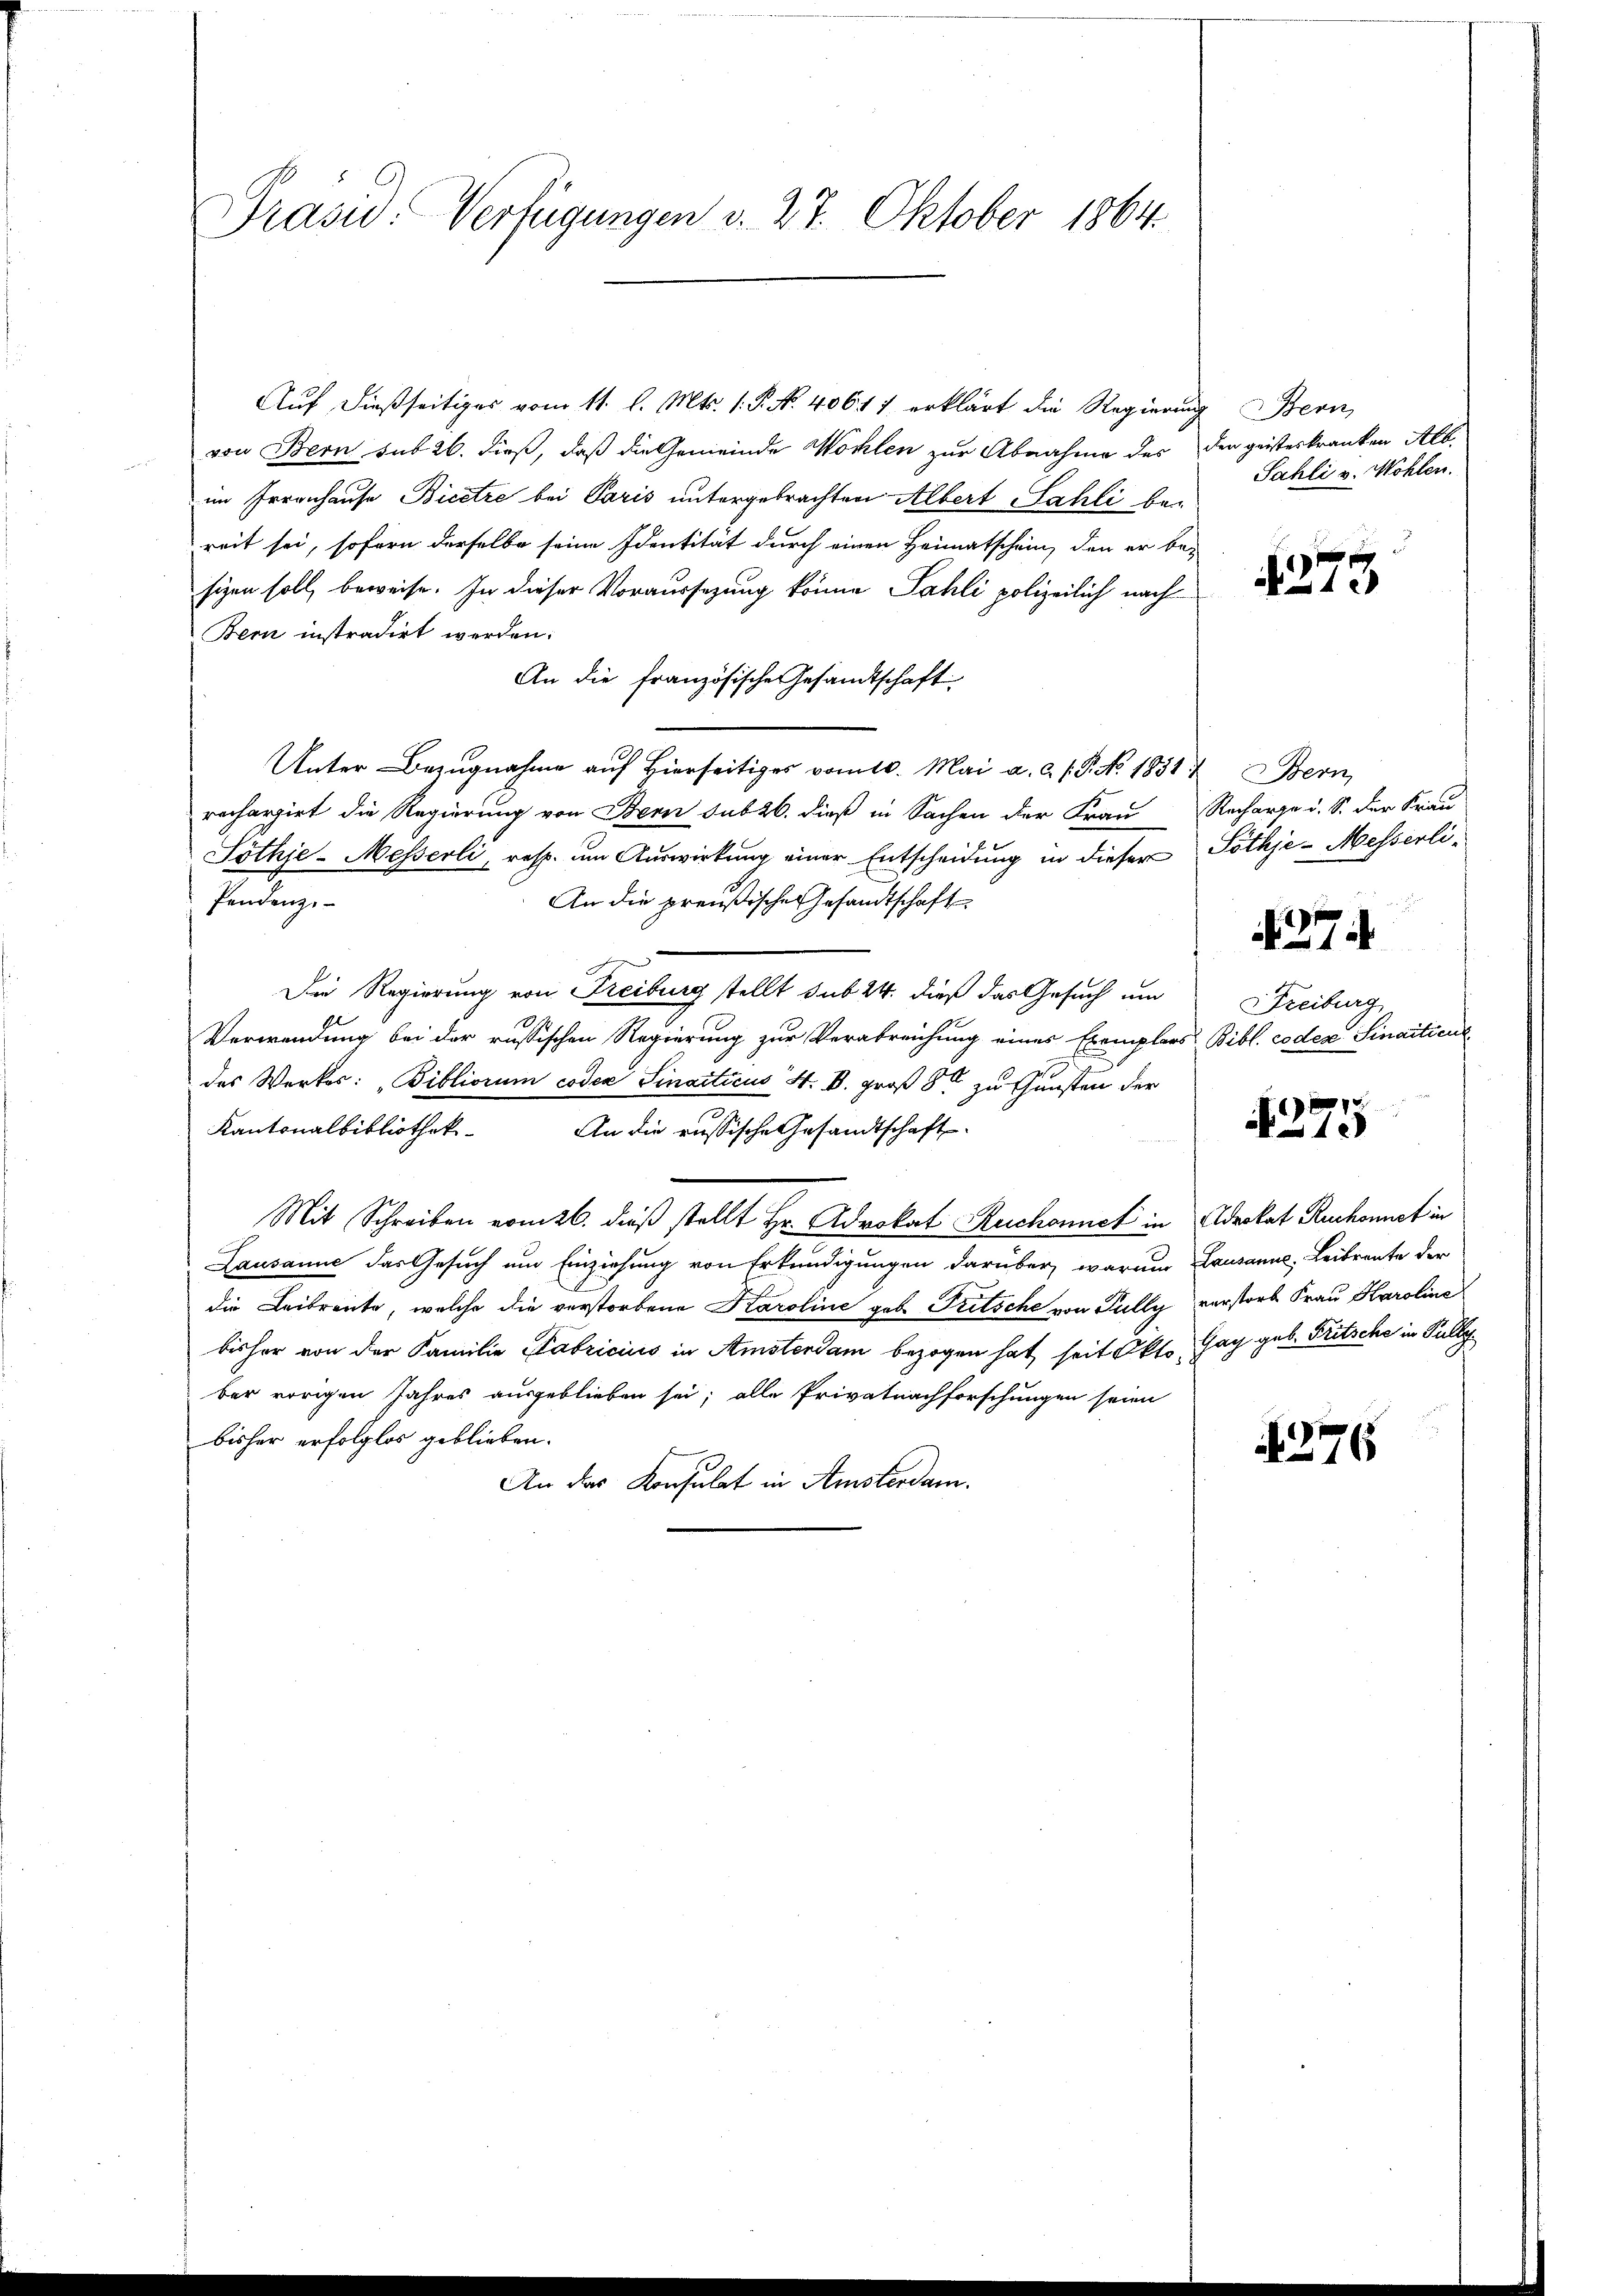
Präsid. Verfügungen d. 27. Oktober 1864.

Auf, dießseitiges vom 11. l. Mts. 1. P. Nr. 40617 erklärt die Regierung Bern
von Bern sub 26. dieß, daß die Gemeinde Wohlen zur Abnahme des den geisteskranken Alb.
im Irrenhause Bicetze bei Paris untergebrachten Albert Sahli bereit sei, sofern derselbe seine Identität durch einen Heimatschein, den er be-
sigen soll, beweise. In dieser Voraussezung könne Sahli polizeilich nach
Bern instradirt werden.
An die französische Gesandtschaft
Unter Bezugnahme auf hierseitiges vom 10. Mai a. a. f. P. No. 1851. Bern,
rechargirt die Regierung von Bern sub 26. dieß in Sachen der Frau Recharge u. S. der Frau
Söthje-Messerli, resp. um Auswirkung einer Entscheidung in dieser Pothje-Messerli¬
Pendenz.
An die preußisches Gesandtschaft
Die Regierung von Freiburg stellt sub 24. dieß das Gesuch um
Verwendung bei der russischen Regierung zur Verabreichung eines Exemplars Bibl. coden Sinaitiere
e
des Werkes: „Bibliorum codex Sinacticus S. B. groß 8 zu thunsten der
Kantonalbibliothek
An die russische Gesandtschaft
Mit Schreiben vom 26. dieß stellt Hr. Advokat Ruchonnet in Advokat Ruchonet in
Lausanne das Gesuch um Einziehung von Erkundigungen darüber, warum Lausanne, Leibrente der
die Leibrente, welche die verstorbene Karoline geb. Tritsche von Pully verstorb Frau Karolina
bisher von der Familie Fabricius in Amsterdam bezogen hat seit Okto Gay geb. Fritsche in Pully
ber vorigen Jahres ausgeblieben sei; alle Privatnachforschungen seien
bisher erfolglos geblieben.
An das Konsulat in Amsterdam.

Sahli v. Wohlen.

274

Freiburg

4275

276